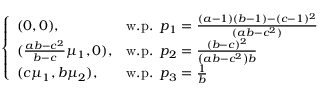
\left\{ \begin{array} { l l } { ( 0 , 0 ) , } & { \mathrm { w . p . ~ } \, p _ { 1 } = \frac { ( a - 1 ) ( b - 1 ) - ( c - 1 ) ^ { 2 } } { ( a b - c ^ { 2 } ) } } \\ { ( \frac { a b - c ^ { 2 } } { b - c } \mu _ { 1 } , 0 ) , } & { \mathrm { w . p . ~ } \, p _ { 2 } = \frac { ( b - c ) ^ { 2 } } { \left( a b - c ^ { 2 } \right) b } } \\ { ( c \mu _ { 1 } , b \mu _ { 2 } ) , } & { \mathrm { w . p . ~ } \, p _ { 3 } = \frac { 1 } { b } } \end{array} \right.